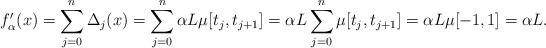
LaTeX: \begin{align*}f'_{\alpha}(x) &= \sum_{j=0}^{n}\Delta_j(x) = \sum_{j=0}^{n} \alpha L \mu[t_{j}, t_{j+1}] =\alpha L \sum_{j=0}^{n} \mu[t_{j}, t_{j+1}] = \alpha L \mu[-1,1]=\alpha L.\end{align*}